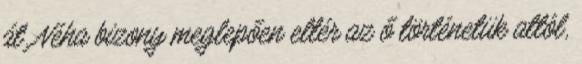
át. Néha bizony meglepően eltér az ő történetük attól,